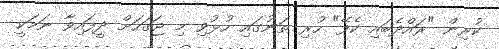
ކުރިން "ރައްދެބައި ކެފޭ" ހުރި ތަނުގައި ހުޅުވި މި ޖަގަހަށް ދީފައިވާ ނަމަކީ